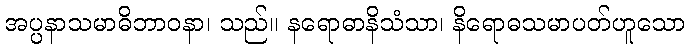
အပ္ပနာသမာဓိဘာဝနာ၊ သည်။ နရောဓာနိသံသာ၊ နိရောဓသမာပတ်ဟူသော